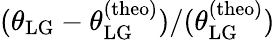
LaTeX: (\theta_{\mathrm{LG}}-\theta_{\mathrm{LG}}^{\mathrm{(theo)}})/(\theta_{\mathrm{LG}}^{\mathrm{(theo)}})